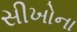
સીખોના